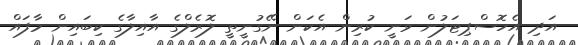
އަދި އެހޮސްޕިޓަލުން ވަނީ ކުރިން އެކަން ނޭގުނީތީ ލޮރެލްގެ އާއިލާގެ ކިބައިން މާފައް